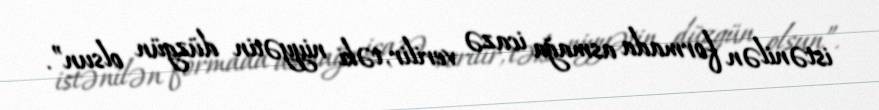
istənilən formada asmağa icazə verilir, təki niyyətin düzgün olsun”.